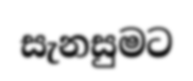
සැනසුමට